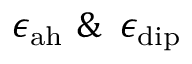
\epsilon _ { \mathrm { a h } } \, \, \& \, \ \epsilon _ { \mathrm { d i p } }